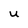
Character: U